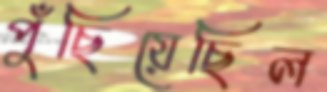
পুঁছিয়েছিল